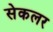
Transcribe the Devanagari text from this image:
सेकलर